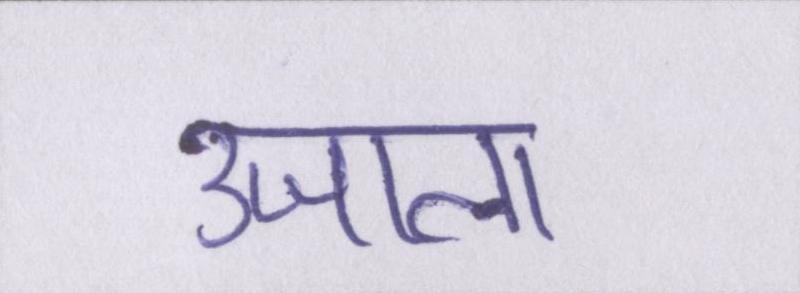
उजाला